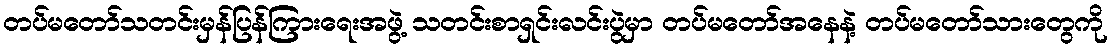
တပ်မတော်သတင်းမှန်ပြန်ကြားရေးအဖွဲ့ သတင်းစာရှင်းလင်းပွဲမှာ တပ်မတော်အနေနဲ့ တပ်မတော်သားတွေကို